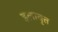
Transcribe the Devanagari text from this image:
इलावृत्त